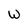
Character: w